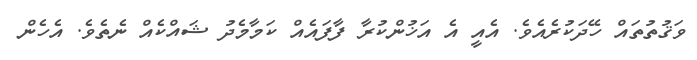
ވަޤުތުތައް ހޭދަކުރެއެވެ. އެއީ އެ އަޚުންކުރާ ފާފައެއް ކަމާމެދު ޝައްކެއް ނެތެވެ. އެހެން